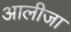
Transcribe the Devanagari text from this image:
आलीजा